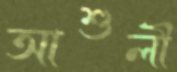
আশুলী